Document type: Sale
Year: 1326
Scribe: Bartomeu Marc
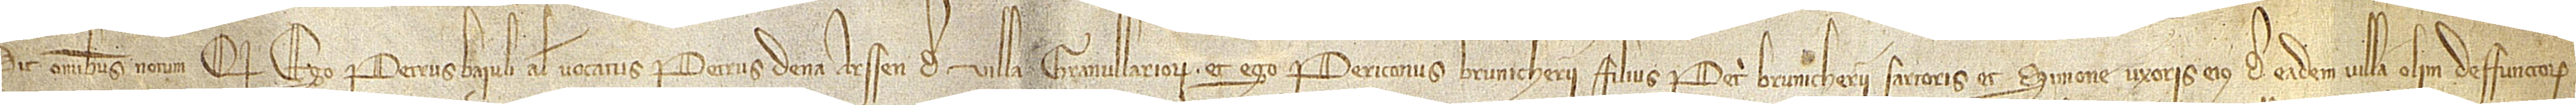
Sit omnibus notum quod ego Petrus Baiuli, alias vocatus Petrus de na Arsen, de villa Granullariorum, et ego Periconus Brunicherii, filius Petri Brunicherii, sartoris, et Simone, uxoris eius, de eadem villa, olim deffunctorum,